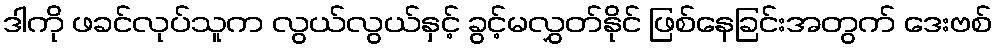
ဒါကို ဖခင်လုပ်သူက လွယ်လွယ်နှင့် ခွင့်မလွှတ်နိုင် ဖြစ်နေခြင်းအတွက် ဒေးဗစ်